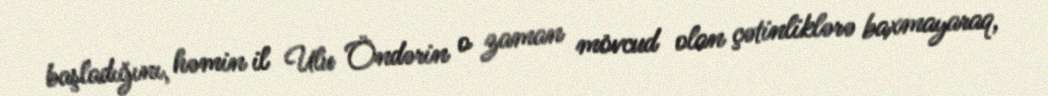
başladığını, həmin il Ulu Öndərin o zaman mövcud olan çətinliklərə baxmayaraq,